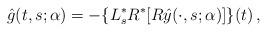
LaTeX: \begin{align*}\hat{g}(t,s;\alpha)=-\{L_s^*R^*[R\hat{y}(\cdot,s;\alpha)]\}(t)\,,\end{align*}